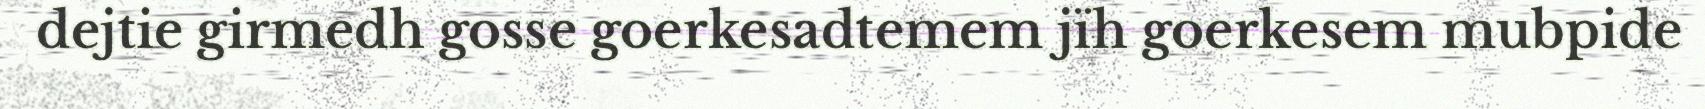
dejtie girmedh gosse goerkesadtemem jïh goerkesem mubpide